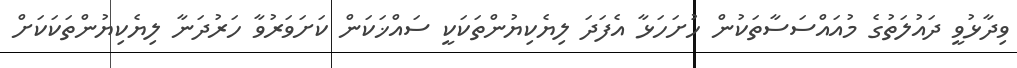
ވިދާޅުވީ ދައުލަތުގެ މުއައްސަސާތަކުން ހުށަހަޅާ އެފަދަ ލިޔެކިޔުންތަކަކީ ސައްޚަކަން ކަށަވަރުވާ ހަރުދަނާ ލިޔެކިޔުންތަކަކަށް